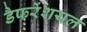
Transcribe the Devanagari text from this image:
डैफरेंशयल